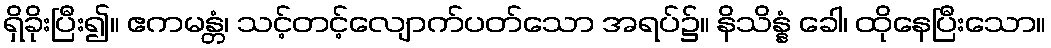
ရှိခိုးပြီး၍။ ဧကမန္တံ၊ သင့်တင့်လျောက်ပတ်သော အရပ်၌။ နိသိန္နံ ခေါ၊ ထိုနေပြီးသော။